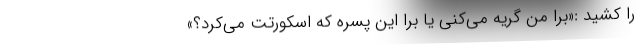
را کشید :«برا من گریه می‌کنی یا برا این پسره که اسکورتت می‌کرد؟»